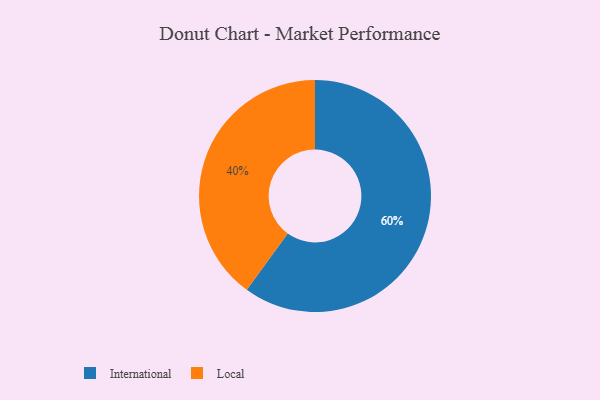
{"axis": {"x": "Category", "y": "Percentage"}, "legend": ["International", "Local"], "data": [{"x": "Local", "y": 40, "type": "Local"}, {"x": "International", "y": 60, "type": "International"}]}